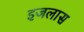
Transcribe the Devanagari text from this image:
इजलास